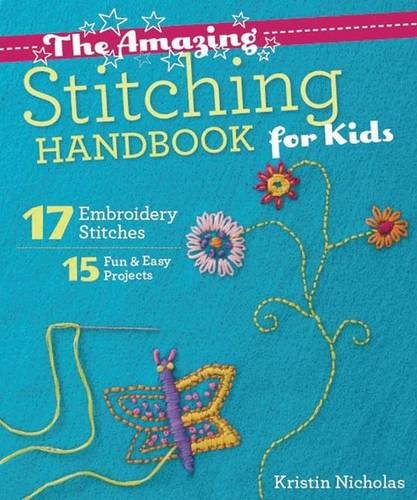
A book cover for The Amazing Stitching Handbook for Kids: 17 Embroidery Stitches  15 Fun & Easy Projects; Kristin Nicholas; Crafts, Hobbies & Home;